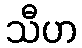
သီဟ